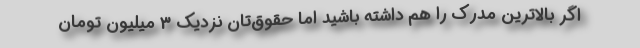
اگر بالاترین مدرک را هم داشته باشید اما حقوق‌تان نزدیک 3 میلیون تومان